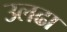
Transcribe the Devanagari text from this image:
उलढा